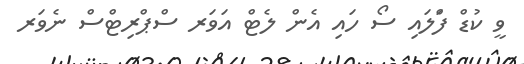
ވީ ކުޑް ފްަލައި ސޯ ހައި އެން ލެޓް އަވަރ ސްޕްރިޓްސް ނެވަރ